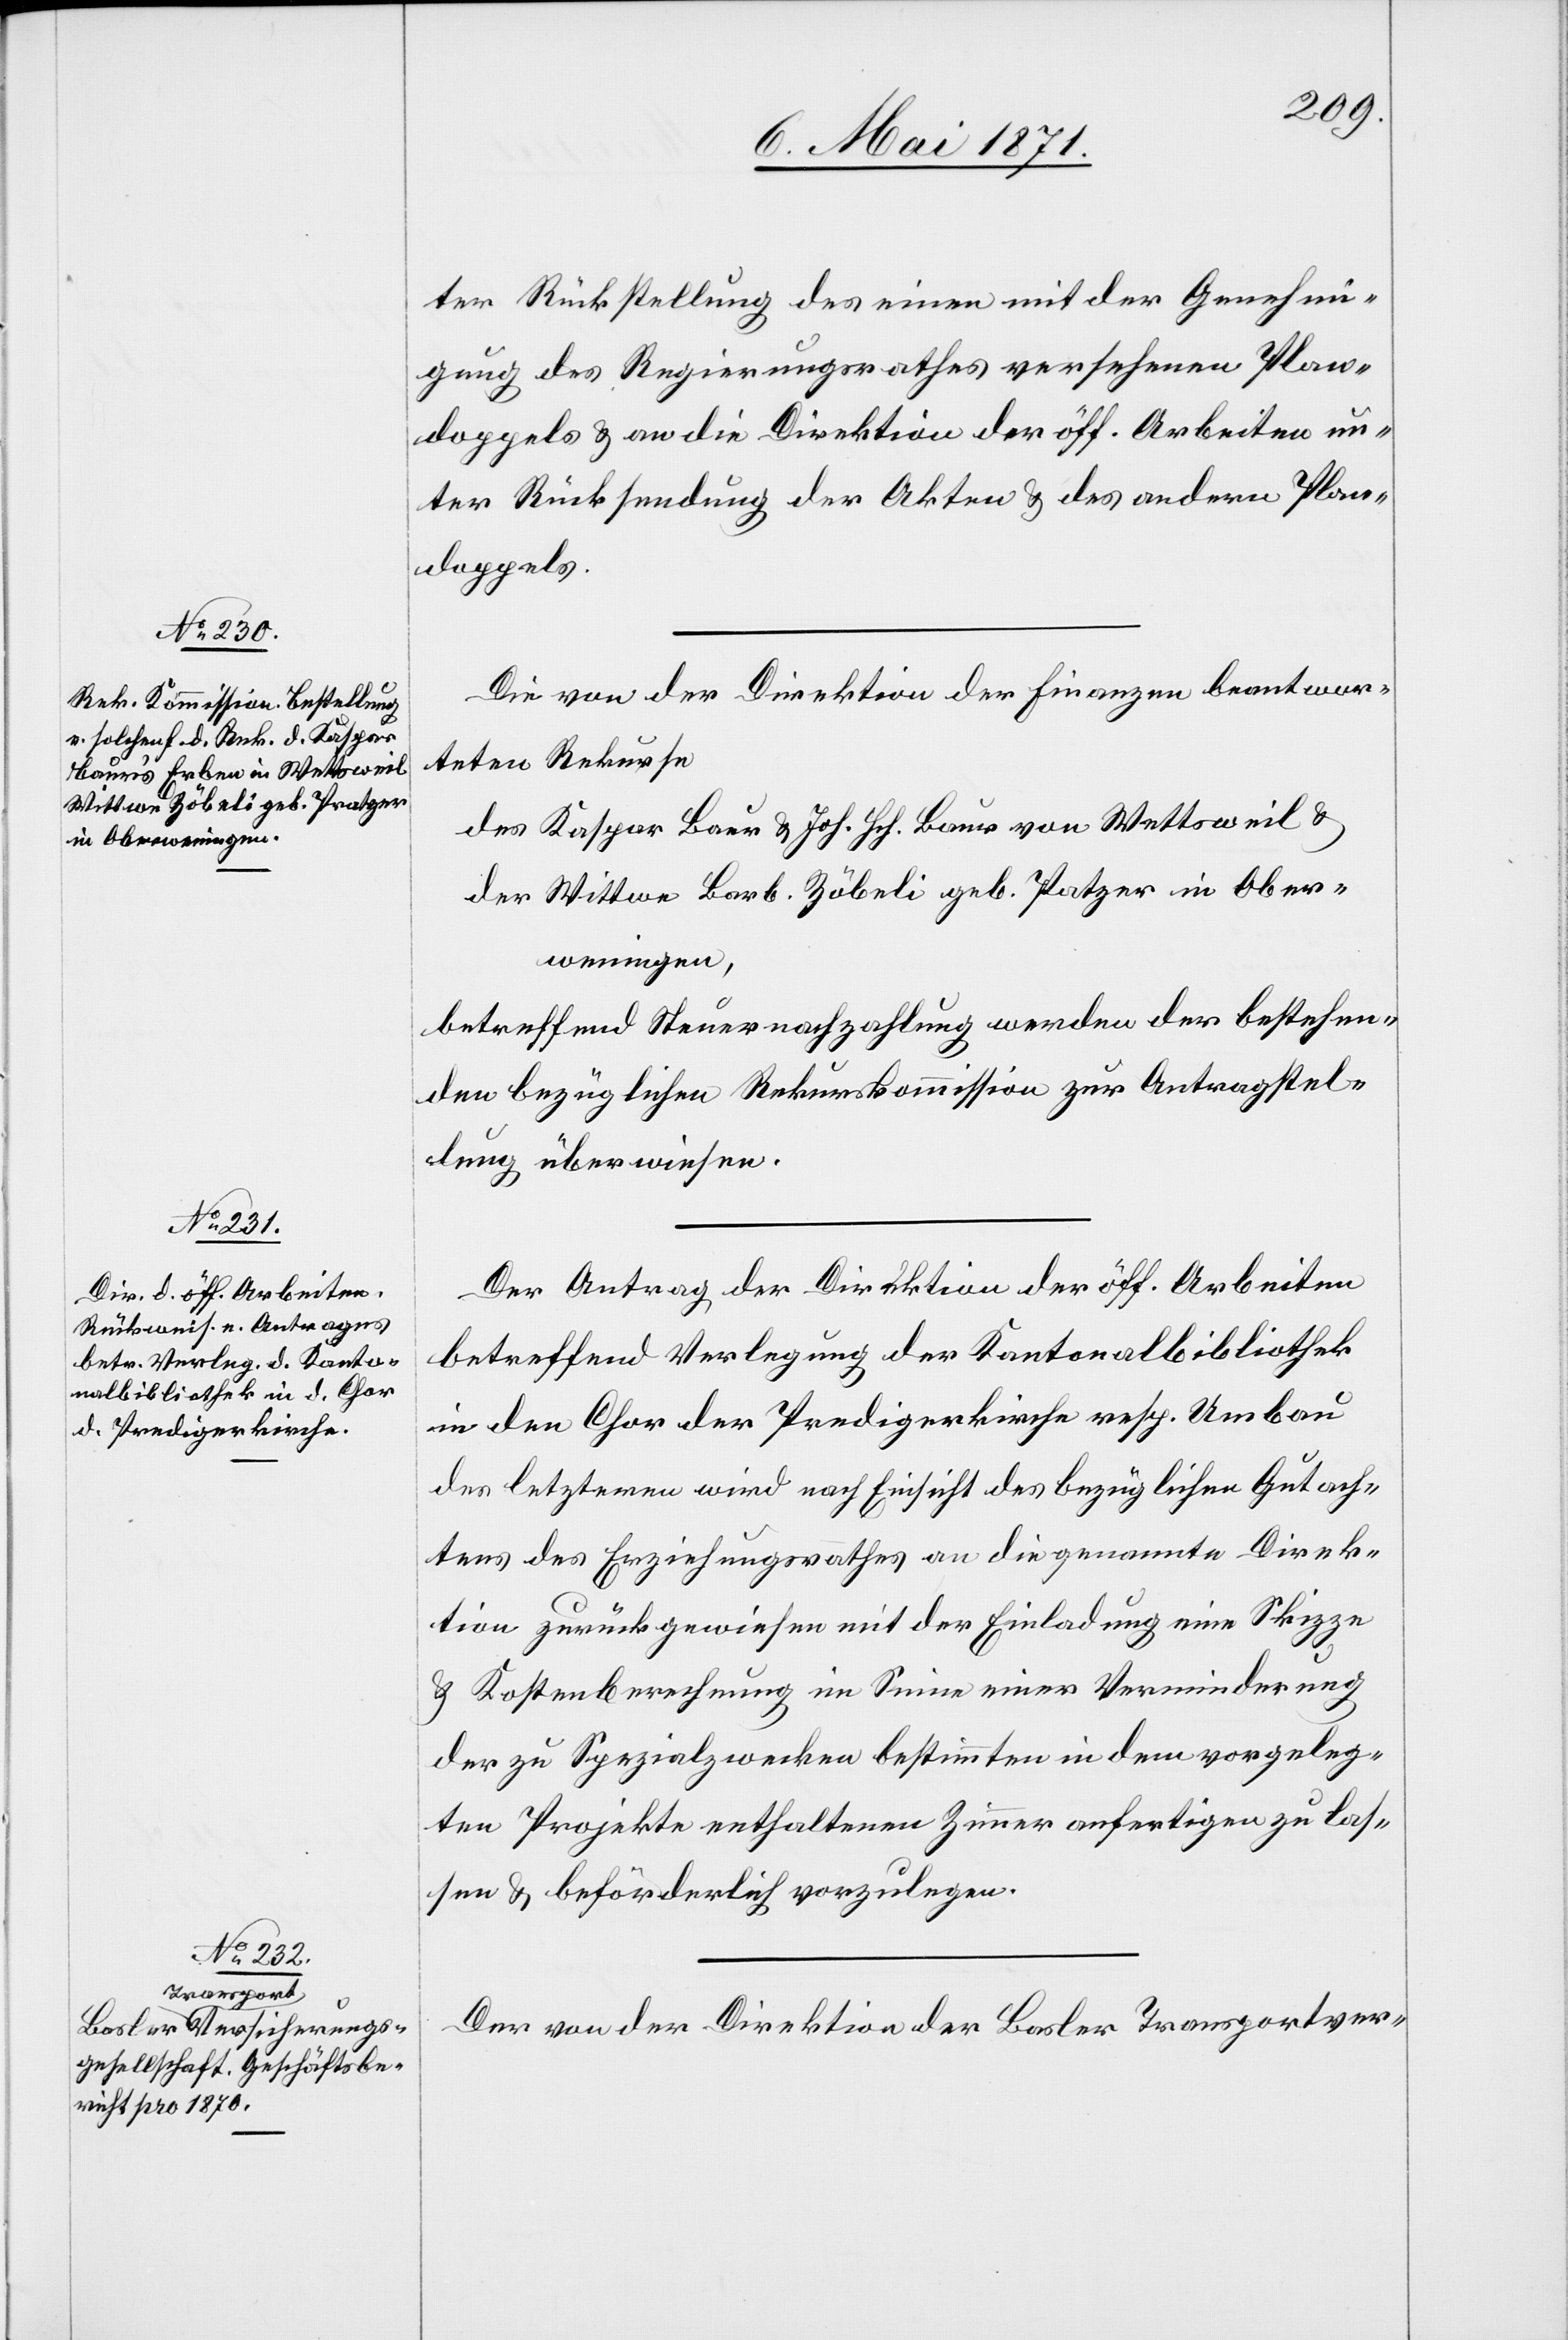
ter Rückstellung des einen mit der Genehmi¬
gung des Regierungsrathes versehenen Plan¬
doppels u. an die Direktion der öff. Arbeiten un¬
ter Rücksendung der Akten u. des andern Plan¬
doppels.
Die von der Direktion der Finanzen beantwor¬
teten Rekurse
des Kaspar Baur u. Joh. Hch. Baur von Wettsweil u.
der Wittwe Barb. Zöbeli geb. Patzer [sic!] in Ober¬
weningen,
betreffend Steuernachzahlung werden der bestehen¬
den bezüglichen Rekurskommission zur Antragstel¬
lung überwiesen.
Der Antrag der Direktion der öff. Arbeiten
betreffend Verlegung der Kantonalbibliothek
in den Chor der Predigerkirche resp. Umbau
der letzern wird nach Einsicht des bezüglichen Gutach¬
tens des Erziehungsrathes an die genannte Direk¬
tion zurückgewiesen mit der Einladung eine Skizze
u. Kostenberechnung im Sinne einer Verminderung
der zu Spezialwerken bestimmten in dem vorgeleg¬
ten Projekte enthaltenen Zimmer anfertigen zu las¬
sen u. beförderlich vorzulegen.
Der von der Direktion der Basler Transportver-